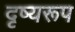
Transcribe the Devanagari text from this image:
दृष्यरूप